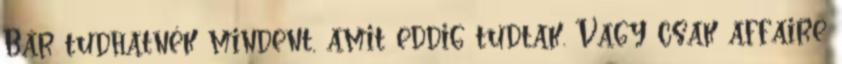
Bár tudhatnék mindent, amit eddig tudtak. Vagy csak affaire